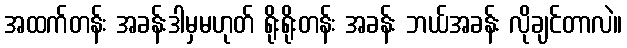
အထက်တန်း အခန်းဒါမှမဟုတ် ရိုးရိုးတန်း အခန်း ဘယ်အခန်း လိုချင်တာလဲ။